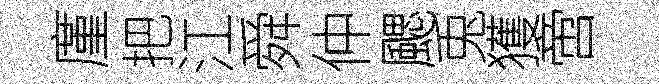
廑把江舜仲颸兎獲啻